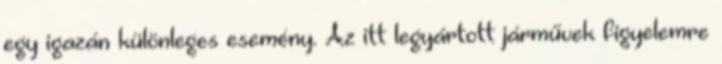
egy igazán különleges esemény. Az itt legyártott járművek figyelemre